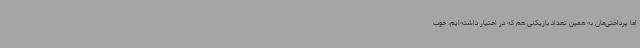
اما پرداختی‌مان به همین تعداد بازیکنی هم که در اختیار داشته‌ایم، خوب